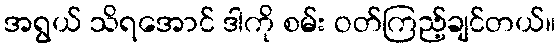
အရွယ် သိရအောင် ဒါကို စမ်း ဝတ်ကြည့်ချင်တယ်။